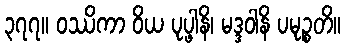
၃၇၇။ ဝဿိကာ ဝိယ ပုပ္ဖါနိ၊ မဒ္ဒဝါနိ ပမုဉ္စတိ။